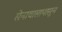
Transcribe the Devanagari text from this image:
सेनावासापासून